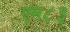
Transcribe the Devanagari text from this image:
एम८३